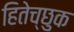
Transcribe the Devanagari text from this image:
हितेच्छुक